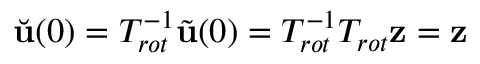
\Breve { \mathbf { u } } ( 0 ) = T _ { r o t } ^ { - 1 } \tilde { \mathbf { u } } ( 0 ) = T _ { r o t } ^ { - 1 } T _ { r o t } \mathbf { z } = \mathbf { z }